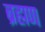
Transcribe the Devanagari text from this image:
ब्रह्मण